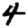
Digit: 4